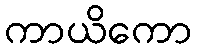
ကာယိကော